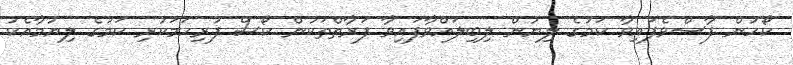
ކޯހުން ފާސްވެފައިވާ ކަމުގެ ލިޔުން ލިބިލައްވާފައިވާ ފަރާތްތަކުން ކޯސް ފުރިހަމަކުރި ކަމުގެ ލިޔުމާއެކު